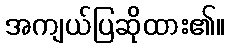
အကျယ်ပြဆိုထား၏။